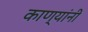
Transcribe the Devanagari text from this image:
काण्यांनी